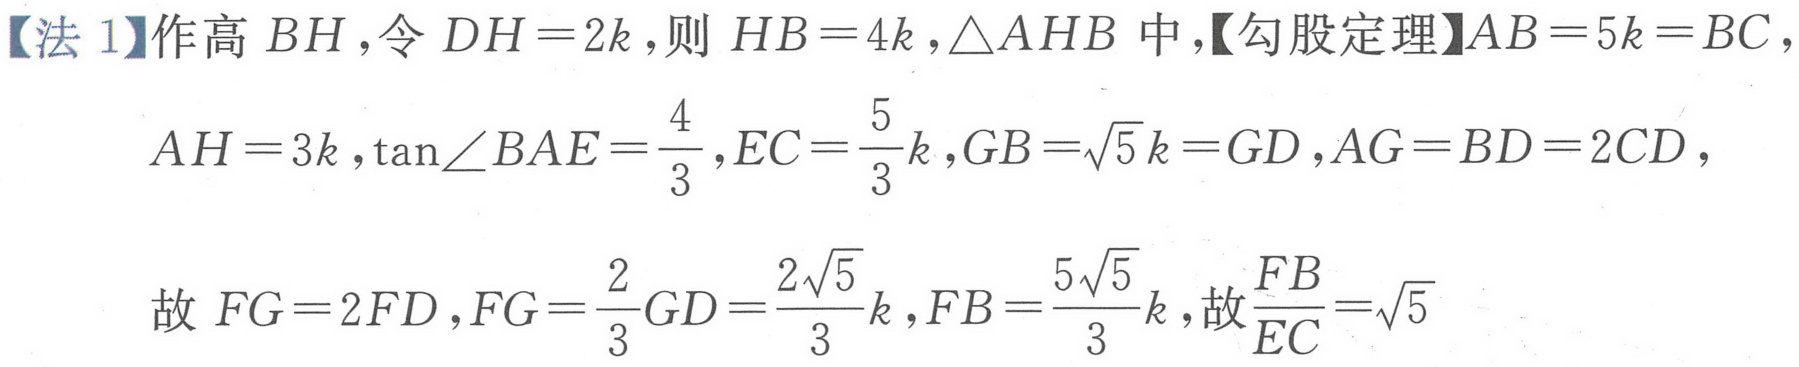
【法 1】作高 \(BH\)，令 \(DH = 2k\)，则 \(HB = 4k\)，\(\triangle AHB\) 中，【勾股定理】\(AB = 5k = BC\)，
\(AH = 3k\)，\(\tan\angle BAE=\frac{4}{3}\)，\(EC=\frac{5}{3}k\)，\(GB=\sqrt{5}k = GD\)，\(AG = BD = 2CD\)，
故 \(FG = 2FD\)，\(FG=\frac{2}{3}GD=\frac{2\sqrt{5}}{3}k\)，\(FB=\frac{5\sqrt{5}}{3}k\)，故\(\frac{FB}{EC}=\sqrt{5}\)